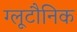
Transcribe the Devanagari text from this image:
ग्लूटौनिक